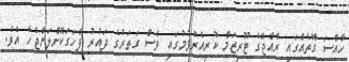
ހާއްސަ ގޮތެއްގައި ރާއްޖޭގެ ޓޫރިޒަމް ކުރިއެރުވުމުގައި ވެސް ގަތަރުގެ ދައުރު ފާހަގަކޮށްލަންޖެހެ އެވެ.